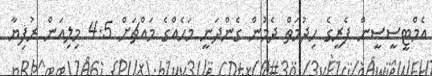
އެމްޓީސީސީން ފެރީގެ ހިދުމަތް ދެމުން ގެންދަނީ މަހެއްގެ މައްޗަށް 4.5 މިލިއަން ރުފިޔާ